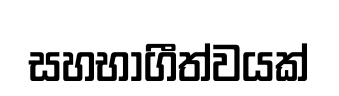
සහභාගීත්වයක්